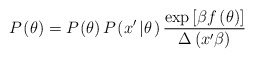
\begin{align*}P_{}\left( \theta\right) =P_{}\left( \theta\right)P_{}\left( x^{\prime}\left\vert \theta\right. \right) \frac{\exp\left[ \beta f\left( \theta\right) \right] }{\Delta\left( x^{\prime}\beta\right) } \end{align*}